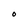
Character: 0